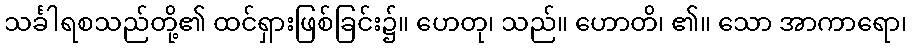
သင်္ခါရစသည်တို့၏ ထင်ရှားဖြစ်ခြင်း၌။ ဟေတု၊ သည်။ ဟောတိ၊ ၏။ သော အာကာရော၊